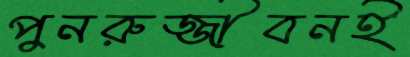
পুনরুজ্জীবনই